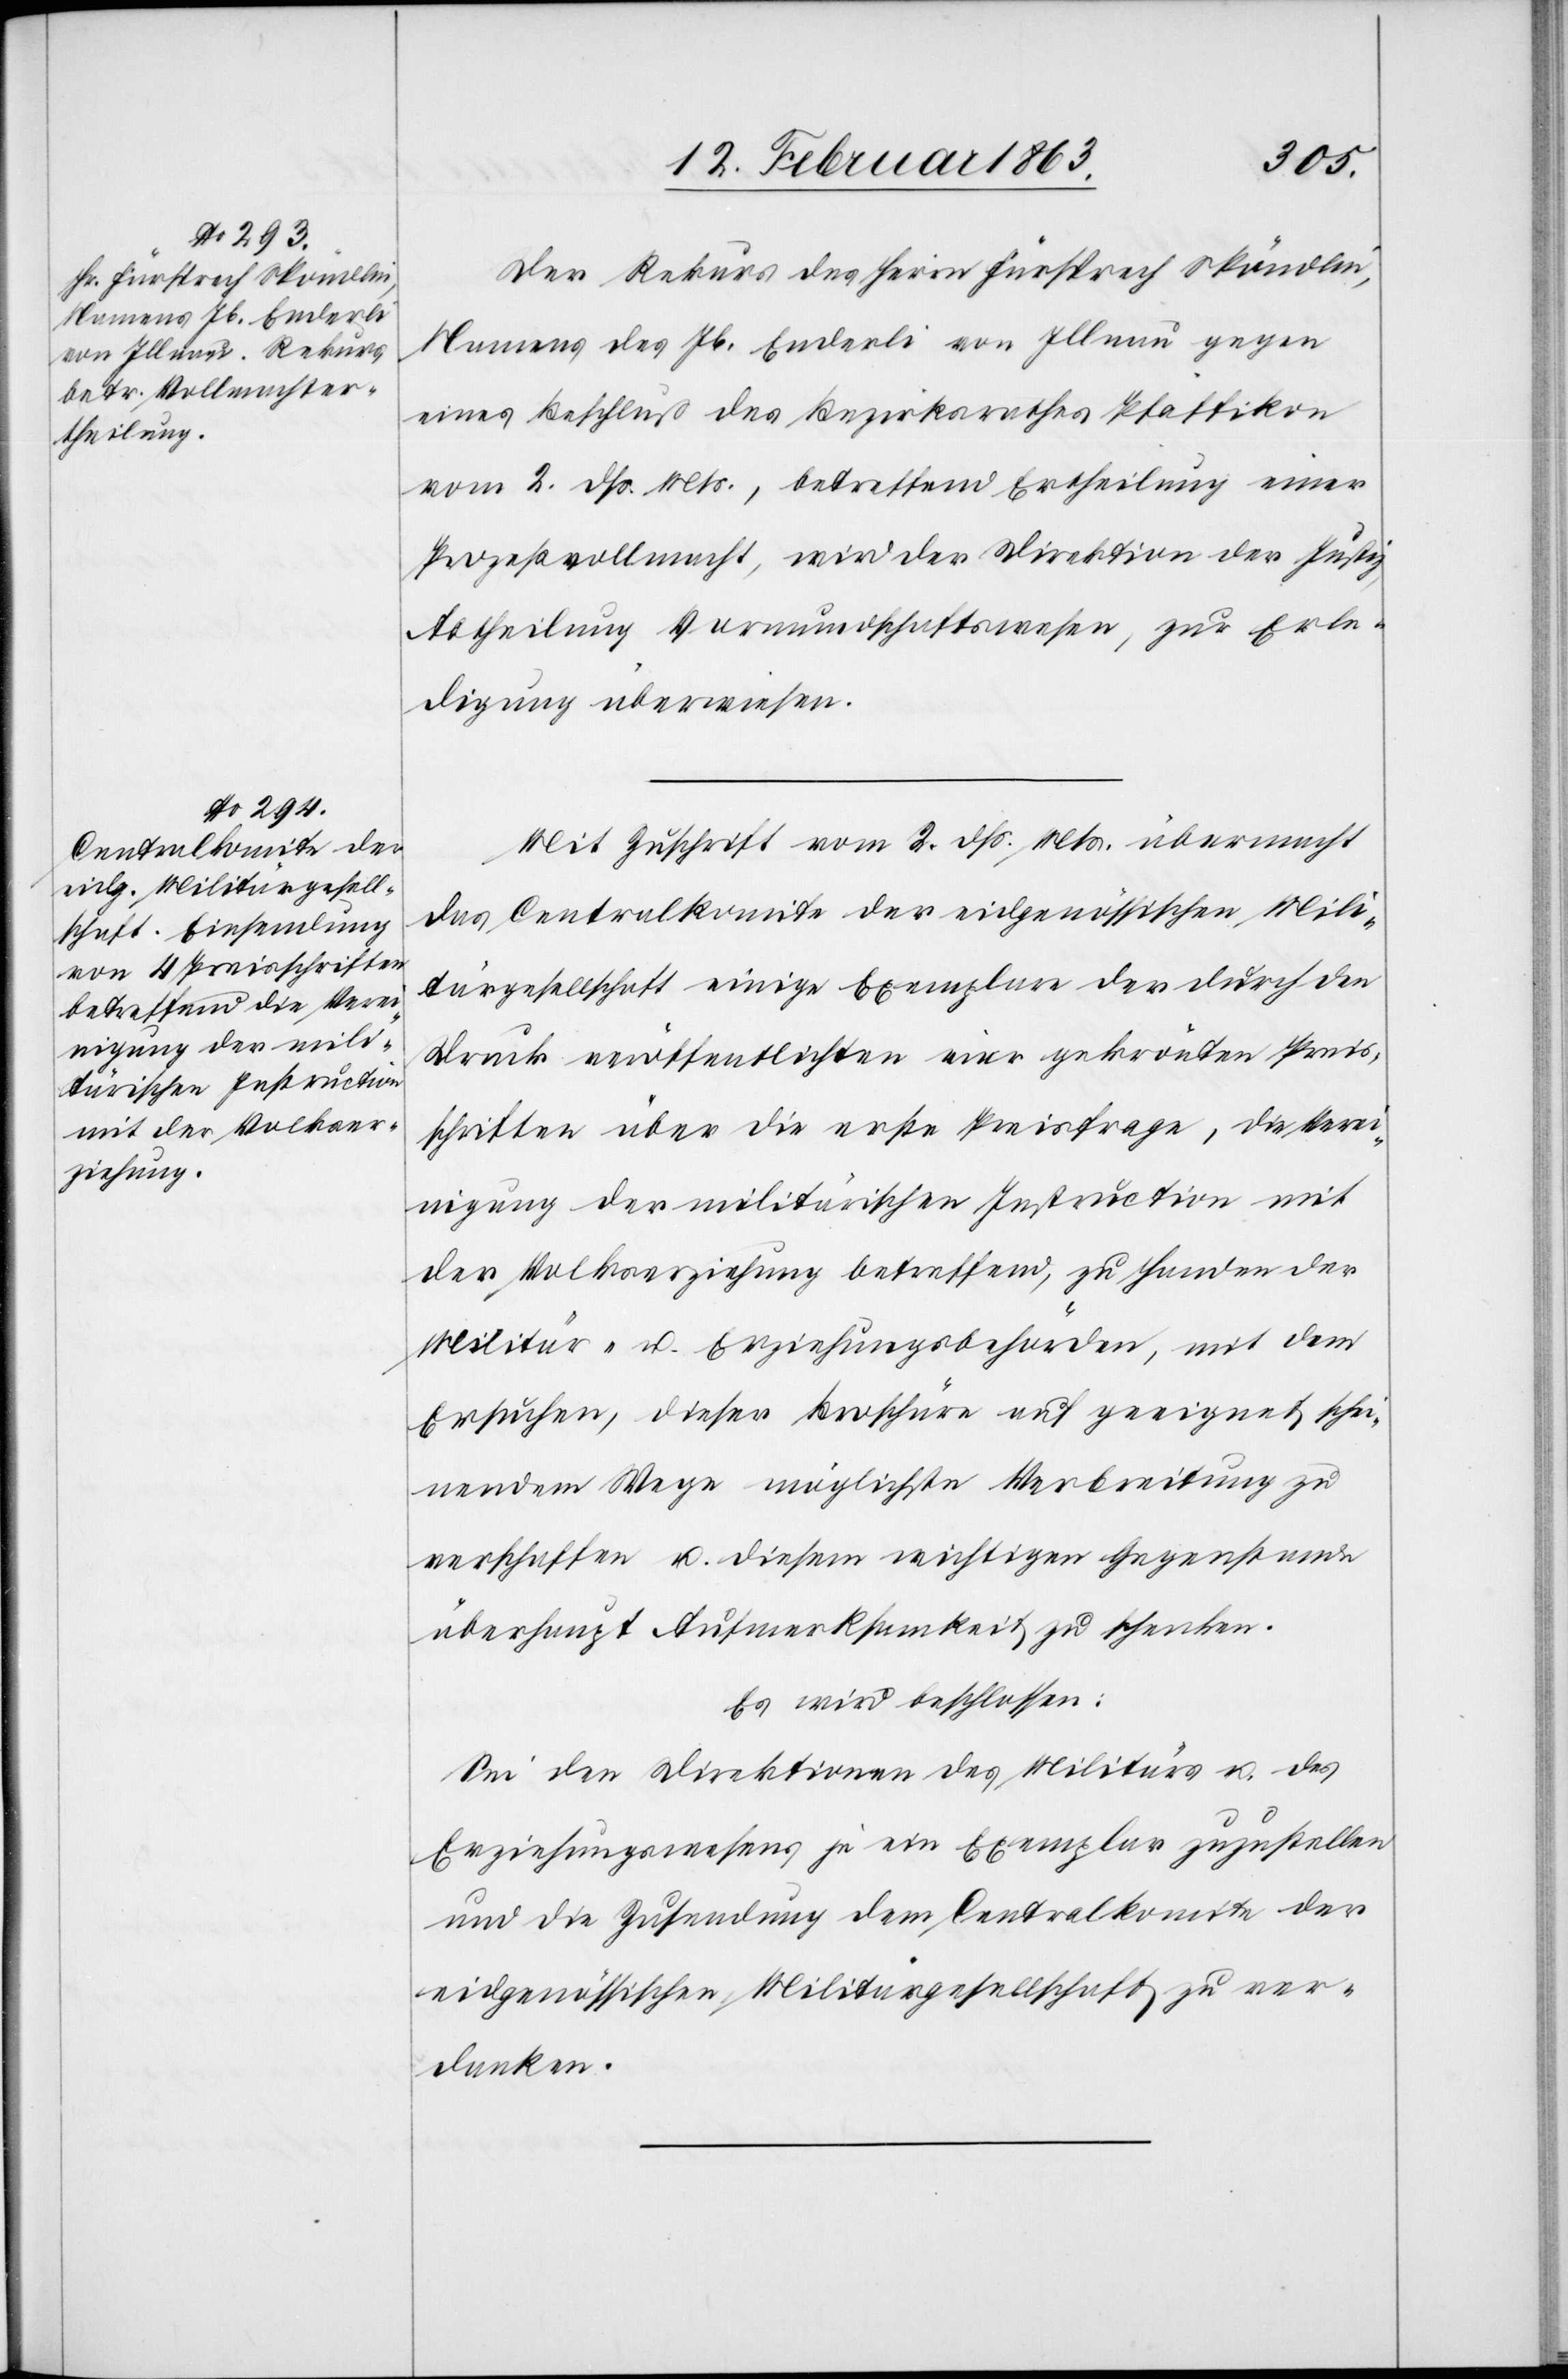
Der Rekurs des Herrn Fürsprech Spöndlin,
Namens des Jb. Enderli von Illnau gegen
eines [sic!] Beschluß des Bezirksrathes Pfäffikon
vom 2. dß. Mts., betreffend Ertheilung einer
Prozeßvollmacht, wird der Direktion der Justiz,
Abtheilung Vormundschaftswesen, zur Erle¬
digung überwiesen.
Mit Zuschrift vom 2. dß. Mts. übermacht
das Centralkomite der eidgenössischen Mili¬
tärgesellschaft einige Exemplare der durch den
Druck veröffentlichten vier gekrönten Preis¬
schriften über die erste Preisfrage, die Vere¬
inigung der militärischen Instruction mit
der Volkserziehung betreffend, zu Handen der
Militär- u. Erziehungsbehörden, mit dem
Ersuchen, dieser Broschüre auf geeignet schei¬
nendem Wege möglichste Verbreitung zu
verschaffen u. diesem wichtigen Gegenstande
überhaupt Aufmerksamkeit zu schenken.
Es wird beschlossen:
Sei den Direktionen des Militärs u. des
Erziehungswesens je ein Exemplar zuzustellen
und die Zusendung dem Centralkomite der
eidgenössischen Militärgesellschaft zu ver¬
danken.